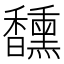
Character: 𮩯